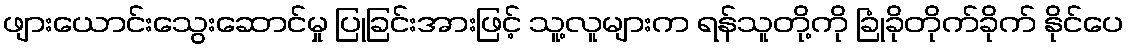
ဖျားယောင်းသွေးဆောင်မှု ပြုခြင်းအားဖြင့် သူ့လူများက ရန်သူတို့ကို ခြုံခိုတိုက်ခိုက် နိုင်ပေ